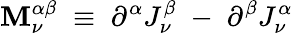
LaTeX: \mathbf{M}_{\nu}^{\alpha\beta}\; \equiv\; \partial^{\alpha}J_{\nu}^{\beta}\; -\; \partial^{\beta}J_{\nu}^{\alpha}